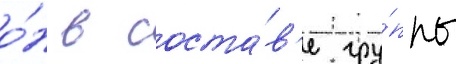
о́н в соста́в'е гру́ппы